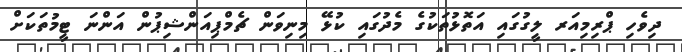
ދިވެހި ޕްރިމިއަރ ލީގުގައި އަތޮޅުތަކުގެ މެދުގައި ކުޅޭ މިނިވަން ޗެމްޕިއަންޝިޕުން އަންނަ ޓީމުތަކަށް